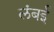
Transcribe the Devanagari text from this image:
लंबई